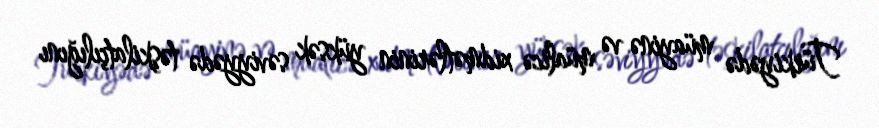
Türkiyədə müayinə və müalicə xidmətlərinin yüksək səviyyədə təşkilatçılığını